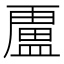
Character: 𭾐